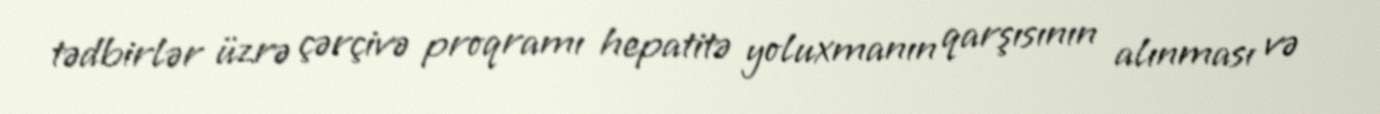
tədbirlər üzrə çərçivə proqramı hepatitə yoluxmanın qarşısının alınması və